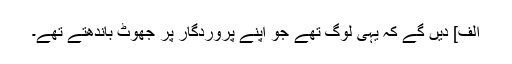
الف] دیں گے کہ یہی لوگ تھے جو اپنے پروردگار پر جھوٹ باندھتے تھے۔